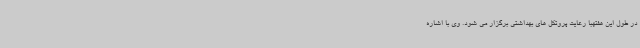
در طول این هفتهبا رعایت پروتکل های بهداشتی برگزار می شود. وی با اشاره